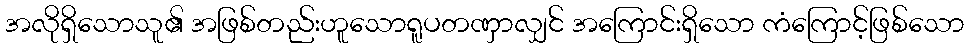
အလိုရှိသောသူ၏ အဖြစ်တည်းဟူသောရူပတဏှာလျှင် အကြောင်းရှိသော ကံကြောင့်ဖြစ်သော